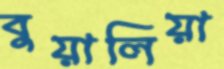
বুয়ালিয়া